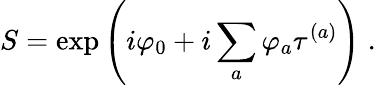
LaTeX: S=\exp\left(i\varphi_{0}+i\sum_{a}\varphi_{a}\tau^{(a)}\right)\; .